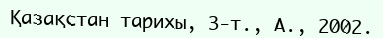
Қазақстан тарихы, 3-т., А., 2002.